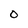
Character: O